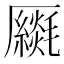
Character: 𠫈